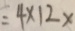
= 4 \times 1 2 x